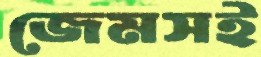
জেমসই